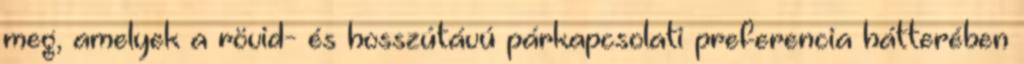
meg, amelyek a rövid- és hosszútávú párkapcsolati preferencia hátterében